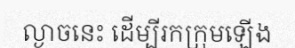
ល្ងាចនេះ ដើម្បីរកក្រុមឡើង